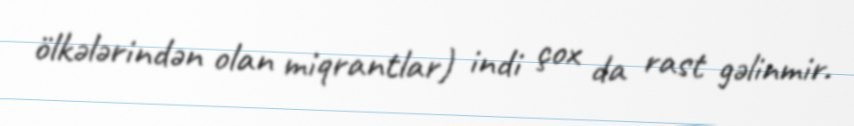
ölkələrindən olan miqrantlar) indi çox da rast gəlinmir.